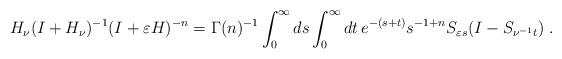
LaTeX: \begin{align*}H_\nu(I+ H_\nu)^{-1}(I+\varepsilon H)^{-n}=\Gamma(n)^{-1}\int^\infty_0ds\int^\infty_0dt\,e^{-(s+t)}s^{-1+n}S_{\varepsilon s}(I-S_{\nu^{-1}t})\;.\end{align*}